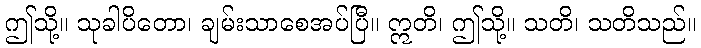
ဤသို့။ သုခါပိတော၊ ချမ်းသာစေအပ်ပြီ။ ဣတိ၊ ဤသို့။ သတိ၊ သတိသည်။